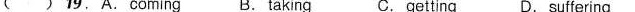
( ) 19, A. Coming B.taking C. getting D.suffering